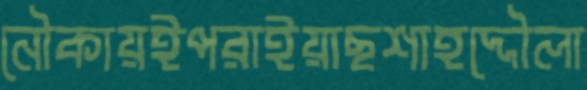
নৌকায়ইপরাইয়াছশাহদ্দৌলা